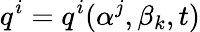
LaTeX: q^{i}=q^{i}(\alpha^{j},\beta_{k},t)